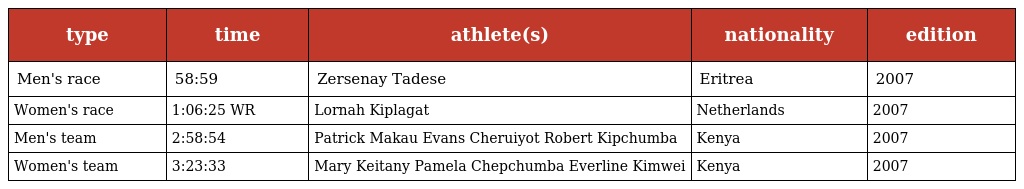
| type | time | athlete(s) | nationality | edition |
 | --- | --- | --- | --- | --- |
 | Men's race | 58:59 | Zersenay Tadese | Eritrea | 2007 |
 | Women's race | 1:06:25 WR | Lornah Kiplagat | Netherlands | 2007 |
 | Men's team | 2:58:54 | Patrick Makau Evans Cheruiyot Robert Kipchumba | Kenya | 2007 |
 | Women's team | 3:23:33 | Mary Keitany Pamela Chepchumba Everline Kimwei | Kenya | 2007 |